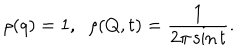
LaTeX: \rho ( q ) = 1 , \; \; \rho ( Q , t ) = { \frac { 1 } { 2 \pi \sin t } } .